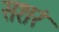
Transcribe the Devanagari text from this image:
सशरं